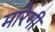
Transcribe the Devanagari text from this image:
मारेगी